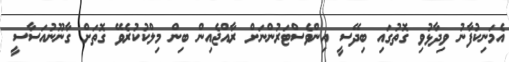
އެމަނިކުފާނު ވިދާޅުވި ގޮތުގައި ބިދޭސީ އިންވެސްޓަރުންނަށް ރާއްޖެއިން ބިން މިލްކުކުރެވޭ ގޮތަށް ގާނޫނުއަސާސީ